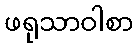
ဖရုသာဝါစာ